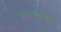
દવાઓએ